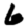
Digit: 6